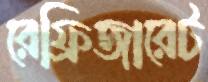
রেফ্রিজারেট